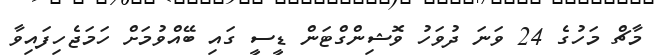
މާޗް މަހުގެ 24 ވަނަ ދުވަހު ވޮޝިންގްޓަން ޑީސީ ގައި ބޭއްވުމަށް ހަމަޖެހިފައިވާ